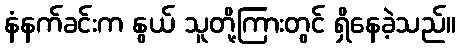
နံနက်ခင်းက နွယ် သူတို့ကြားတွင် ရှိနေခဲ့သည်။